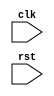
module i2c_controller (
    input wire clk,
    input wire rst,
    ...
);

// Clock signal generation
reg clk_out;
always @ (posedge clk or posedge rst) begin
    if (rst) begin
        clk_out <= 1'b0;
    end else begin
        clk_out <= ~clk_out;
    end
end

// Clock recovery
reg clk_in;
always @ (posedge clk_out) begin
    clk_in <= clk;
end

// Data sampling and edge detection
reg data;
always @ (posedge clk_out) begin
    // Sample data here
    // Detect edges here
end

// Synchronization of data signals
reg [7:0] data_sync;
always @ (posedge clk_out) begin
    // Synchronize data signals with other devices here
end

// Additional modules for handling arbitration, acknowledgment signals, error handling, etc.

endmodule